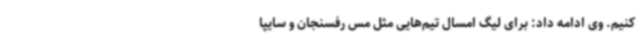
کنیم. وی ادامه داد: برای لیگ امسال تیم‌هایی مثل مس رفسنجان و سایپا